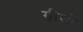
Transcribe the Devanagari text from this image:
ग्रीसो